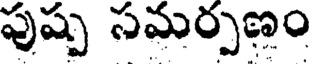
పుష్ప సమర్పణం